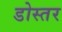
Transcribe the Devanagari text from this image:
डोस्तर